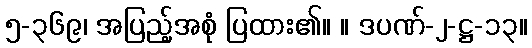
၅-၃၆၉၊ အပြည့်အစုံ ပြထား၏။ ။ ဒပဏ်-၂-ဋ္ဌ-၁၃။